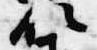
位